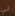
لي